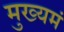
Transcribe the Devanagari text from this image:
मुख्यमं